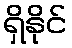
ရှိနိုင်